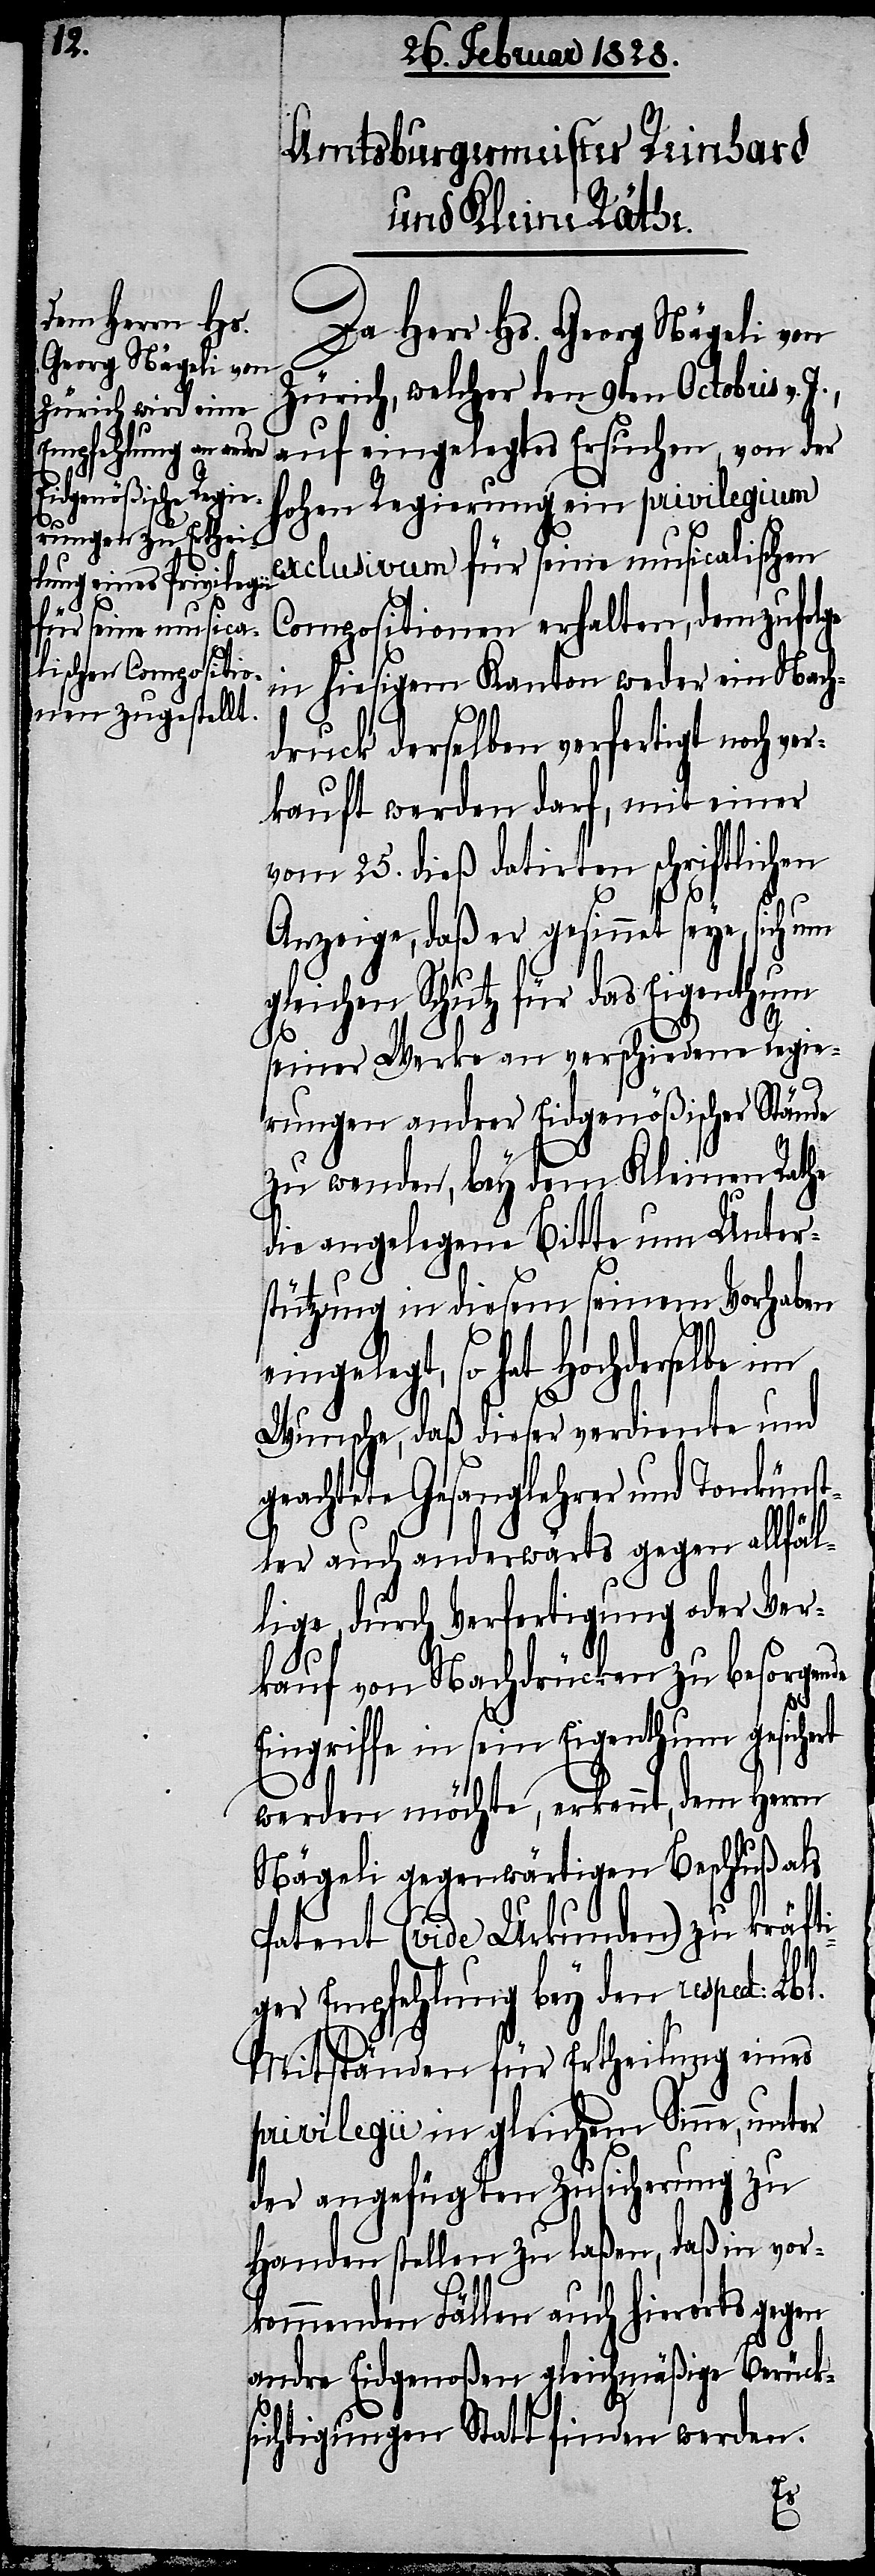
l.

Da Herr Hs. Georg Nägeli von
Zürich, welcher den 9ten Octobris v.
auf eingelegtes Ersuchen, von der
hohen Regierung ein privilegium
exclusivum für seine musicalischen
Compositionen erhalten, demzufolge
in hiesigem Kanton weder ein Nach¬
druck derselben verfertigt noch ve¬
rkauft werden darf, mit einer
vom 25. dieß datirten schriftlichen
Anzeige, daß er gesinnet seye, sich um
Schutz für das Eigenthum
seiner Werke an verschiedene Regie¬
rungen andrer Eidgenößischer Stände
zu wenden, bey dem Kleinen Rathe
die angelegene Bitte um Unter¬
stützung in diesem seinem Vorhaben
ngelegt, so hat Hochderselbe
Wunsche, daß dieser verdiente und
geachtete Gesanglehrer und Tonküns¬
tler auch anderwärts gegen allfäl¬
lige, durch Verfertigung oder Ver¬
kauf von Nachdrücken zu besorgende
ingriffe in sein Eigenthum gesich¬
werden möchte, erkennt, dem Herrn
Nägeli gegenwärtigen Beschluß als
Patent (vide Urkunden) zu kräfti¬
ger Empfehlung bey den respect: Lb¬
Mitständen für Ertheilung eines
privilegii in gleichem Sinne, unter
der angefügten Zusicherung zu
Handen stellen zu laßen, daß in vor¬
kommenden Fällen auch hierorts gegen
andre Eidgenoßen gleichmäßige Berück¬
sichtigungen Statt finden werden.
ert